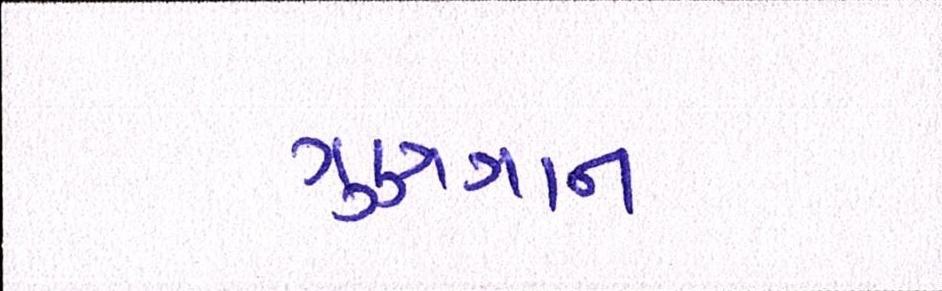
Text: ગુણગાન